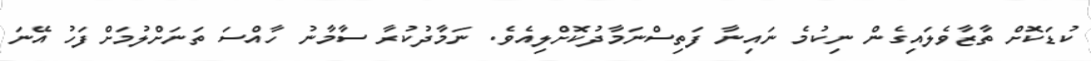
ކުޑަކޮށް ތާޒާވެލައިގެން ނިކުމެ ނައިނާ ފަތިސްނަމާދުކޮށްލިއެވެ. ނަމާދުކުރާ ސާމާނު ހާއްސަ ތަނަށްލުމަށްފަހު އޭނަ